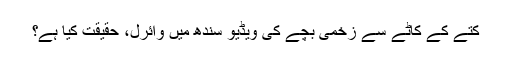
کتے کے کاٹے سے زخمی بچے کی ویڈیو سندھ میں وائرل، حقیقت کیا ہے؟